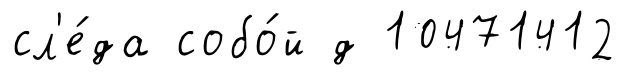
сл'е́да собо́й д 10471412